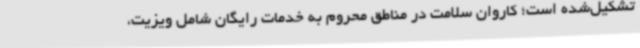
تشکیل‌شده است؛ کاروان سلامت در مناطق محروم به خدمات رایگان شامل ویزیت،